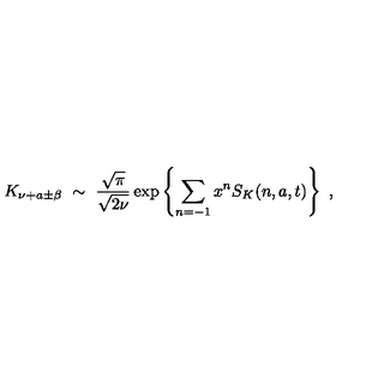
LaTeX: K _ { \nu + a \pm \beta } \ \sim \ \frac { \sqrt { \pi } } { \sqrt { 2 \nu } } \exp \left\{ \sum _ { n = - 1 } x ^ { n } S _ { K } ( n , a , t ) \right\} \ ,